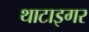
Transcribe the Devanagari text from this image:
थाटाइगर